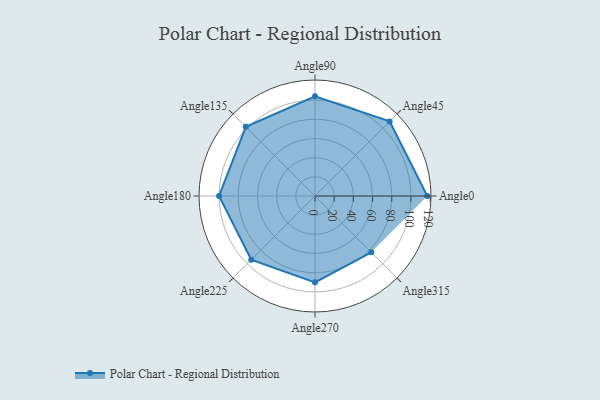
{"axis": {"x": "Angle", "y": "Radius"}, "legend": [""], "data": [{"x": "Angle0", "y": 117.0, "type": ""}, {"x": "Angle45", "y": 110.0, "type": ""}, {"x": "Angle90", "y": 104.0, "type": ""}, {"x": "Angle135", "y": 102.0, "type": ""}, {"x": "Angle180", "y": 100.0, "type": ""}, {"x": "Angle225", "y": 94.0, "type": ""}, {"x": "Angle270", "y": 90.0, "type": ""}, {"x": "Angle315", "y": 83.0, "type": ""}]}